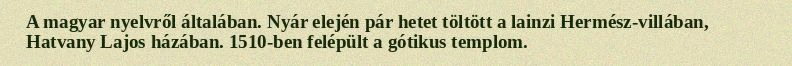
A magyar nyelvről általában. Nyár elején pár hetet töltött a lainzi Hermész-villában, Hatvany Lajos házában. 1510-ben felépült a gótikus templom.